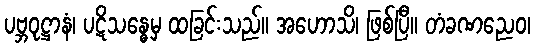
ပဗ္ဘဝုဋ္ဌာနံ၊ ပဋိသန္ဓေမှ ထခြင်းသည်။ အဟောသိ၊ ဖြစ်ပြီ။ တံခဏညေဝ၊